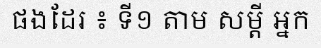
ផងដែរ ៖ ទី១ តាម សម្តី អ្នក